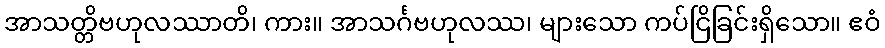
အာသတ္တိဗဟုလဿာတိ၊ ကား။ အာသင်္ဂဗဟုလဿ၊ များသော ကပ်ငြိခြင်းရှိသော။ ဧဝံ